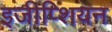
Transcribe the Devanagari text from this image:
इजीप्शियन